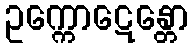
ဥက္ကောဋေန္တော